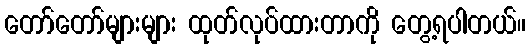
တော်တော်များများ ထုတ်လုပ်ထားတာကို တွေ့ရပါတယ်။